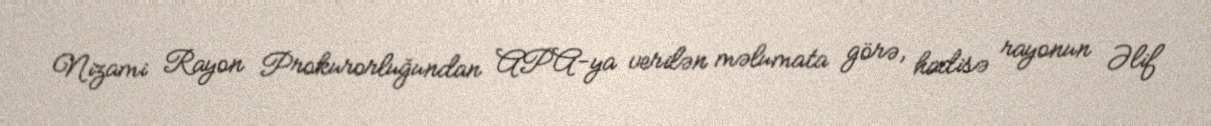
Nizami Rayon Prokurorluğundan APA-ya verilən məlumata görə, hadisə rayonun Əlif